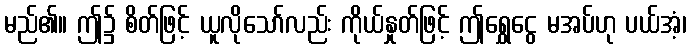
မည်၏။ ဤ၌ စိတ်ဖြင့် ယူလိုသော်လည်း ကိုယ်နှုတ်ဖြင့် ဤရွှေငွေ မအပ်ဟု ပယ်အံ့၊